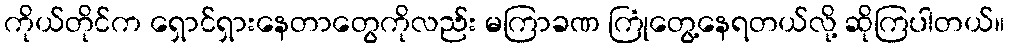
ကိုယ်တိုင်က ရှောင်ရှားနေတာတွေကိုလည်း မကြာခဏ ကြုံတွေ့နေရတယ်လို့ ဆိုကြပါတယ်။